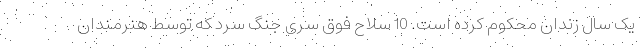
یک سال زندان محکوم کرده است. 10 سلاح فوق سری جنگ سرد که توسط هنرمندان